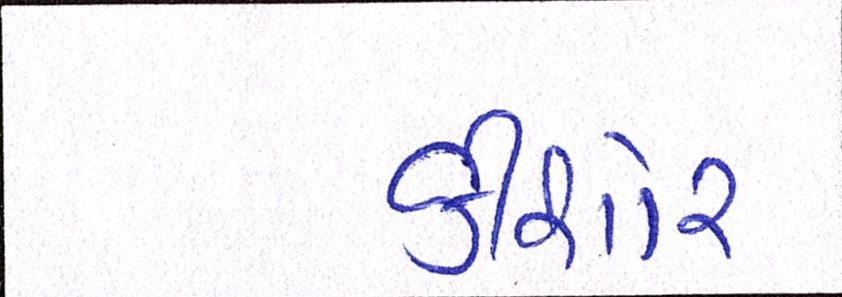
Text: કીશોર